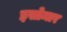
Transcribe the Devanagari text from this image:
इसोमार